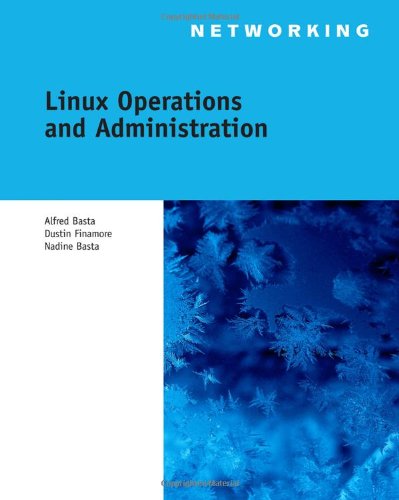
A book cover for Linux Operations and Administration; Alfred Basta; Computers & Technology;